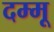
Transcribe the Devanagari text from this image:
दम्मू